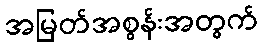
အမြတ်အစွန်းအတွက်